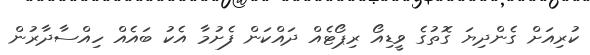
ކުރިއަށް ގެންދިޔަ ގޮތުގެ ވީޑިއޯ ރިޕޯޓެއް ދައްކަން ފެށުމާ އެކު ބައެއް ހިއްސާދާރުން